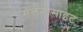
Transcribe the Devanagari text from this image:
मेलेनोसाइट